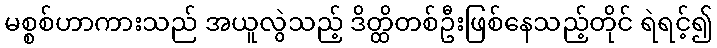
မစ္စစ်ဟာကားသည် အယူလွဲသည့် ဒိတ္ထိတစ်ဦးဖြစ်နေသည့်တိုင် ရဲရင့်၍